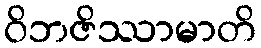
ဝိဘဇိဿာမာတိ